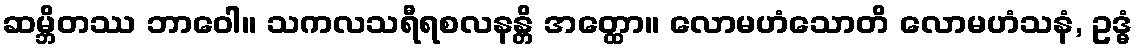
ဆမ္ဘိတဿ ဘာဝေါ။ သကလသရီရစလနန္တိ အတ္ထော။ လောမဟံသောတိ လောမဟံသနံ, ဥဒ္ဓံ